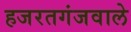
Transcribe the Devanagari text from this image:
हजरतगंजवाले